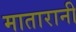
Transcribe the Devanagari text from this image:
मातारानी